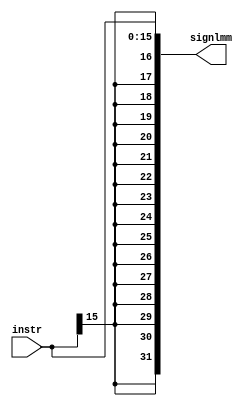
module sign_extend (
    input wire [15:0] instr,
    output reg [31:0] signlmm
);
    always @(*) begin
        signlmm[15:0]=instr[15:0];
        signlmm[31:16]={16{instr[15]}};
        
    end
endmodule